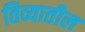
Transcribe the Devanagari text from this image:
तिव्यातील